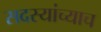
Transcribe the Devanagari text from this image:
सदस्यांच्याच